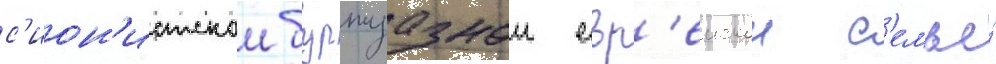
с'ион'истскои буржуазнои евр'еискои с'емье́